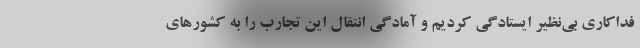
فداکاری بی‌نظیر ایستادگی کردیم و آمادگی انتقال این تجارب را به کشورهای